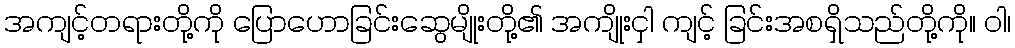
အကျင့်တရားတို့ကို ပြောဟောခြင်းဆွေမျိုးတို့၏ အကျိုးငှါ ကျင့် ခြင်းအစရှိသည်တို့ကို။ ဝါ၊